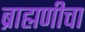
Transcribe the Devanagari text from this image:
ब्राह्मणीचा